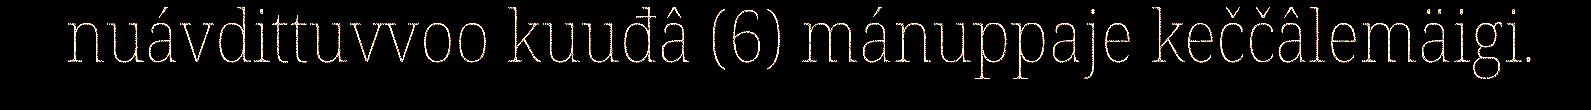
nuávdittuvvoo kuuđâ (6) mánuppaje keččâlemäigi.